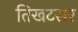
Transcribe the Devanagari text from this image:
तिखटसर